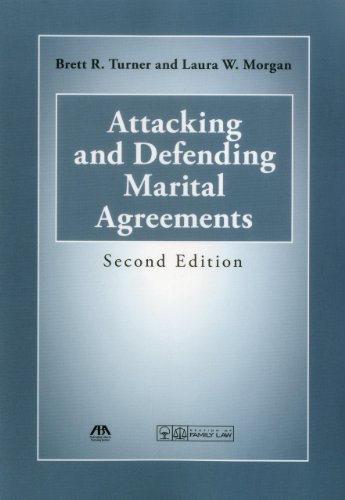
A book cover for Attacking and Defending Marital Agreements; Brett R. Turner; Law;